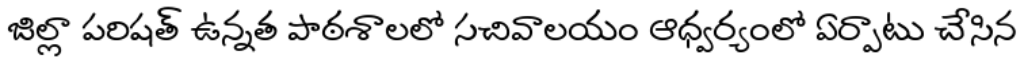
జిల్లా పరిషత్ ఉన్నత పాఠశాలలో సచివాలయం ఆధ్వర్యంలో ఏర్పాటు చేసిన